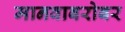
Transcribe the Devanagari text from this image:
मानवाबरोबर